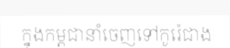
ក្នុងកម្ពុជានាំចេញទៅកូរ៉េជាង